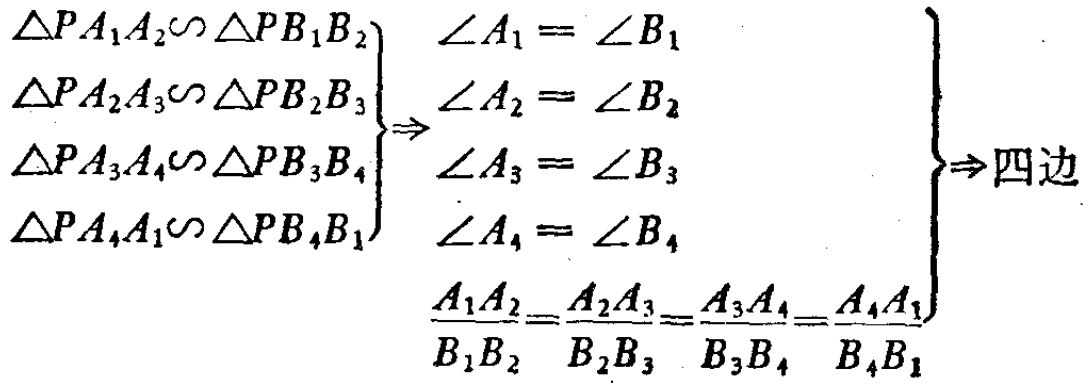
\begin{align*}
\left.
\begin{array}{l}
\triangle PA_1A_2\backsim\triangle PB_1B_2 \\
\triangle PA_2A_3\backsim\triangle PB_2B_3 \\
\triangle PA_3A_4\backsim\triangle PB_3B_4 \\
\triangle PA_4A_1\backsim\triangle PB_4B_1
\end{array}
\right\}
&\Rightarrow
\left\{
\begin{array}{l}
\angle A_1 = \angle B_1 \\
\angle A_2 = \angle B_2 \\
\angle A_3 = \angle B_3 \\
\angle A_4 = \angle B_4 \\
\frac{A_1A_2}{B_1B_2}=\frac{A_2A_3}{B_2B_3}=\frac{A_3A_4}{B_3B_4}=\frac{A_4A_1}{B_4B_1}
\end{array}
\right\} \\
&\Rightarrow 四边
\end{align*}